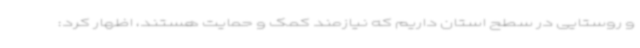
و روستایی در سطح استان داریم که نیازمند کمک و حمایت هستند، اظهار کرد: